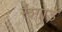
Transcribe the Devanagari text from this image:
रैश्गार्ड